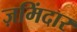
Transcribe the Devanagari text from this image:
ज़मिंदार